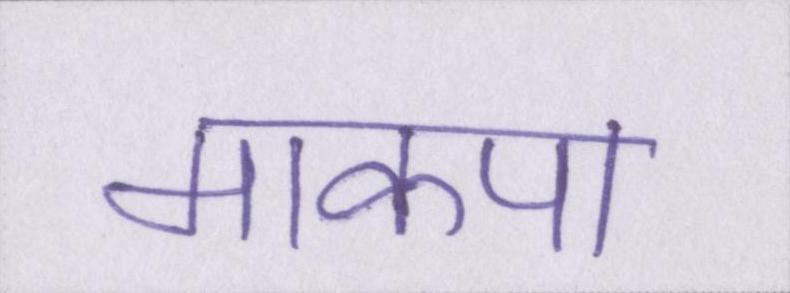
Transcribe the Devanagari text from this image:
माकपा